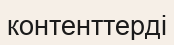
контенттерді